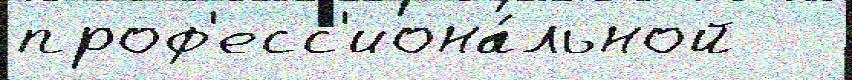
проф'есс'иона́льной